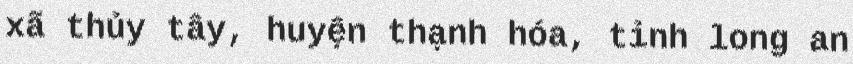
xã thủy tây, huyện thạnh hóa, tỉnh long an